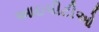
આઇપીટીઓ